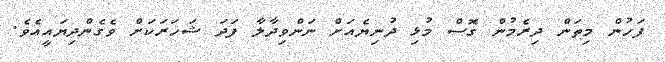
ފަހުން މިތަން ދިރެމުން ގޮސް މުޅި ދުނިޔެއަށް ނަންވިދާލާ ފަދަ ޝަހަރަކަށް ވެގެންދިޔައީއެވެ.